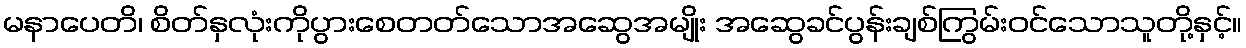
မနာပေတိ၊ စိတ်နှလုံးကိုပွားစေတတ်သောအဆွေအမျိုး အဆွေခင်ပွန်းချစ်ကြွမ်းဝင်သောသူတို့နှင့်။